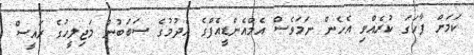
ކަމަށް ފާހަގަ ކުރެއްވި އެހެން ނަމަވެސް އެމްއެންޑީއެފްގެ އެދުމުގެ ސަބަބުން މަޖިލީހުގެ ރައީސް